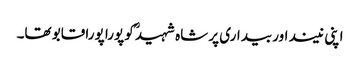
اپنی نیند اور بیداری پر شاہ شہیدؒ کو پورا پورا قابو تھا۔